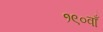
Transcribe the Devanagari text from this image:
१९०वाँ